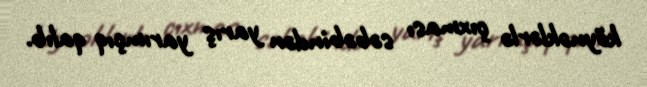
köynəklərlə çıxması səbəbindən yarış yarımçıq qalıb.